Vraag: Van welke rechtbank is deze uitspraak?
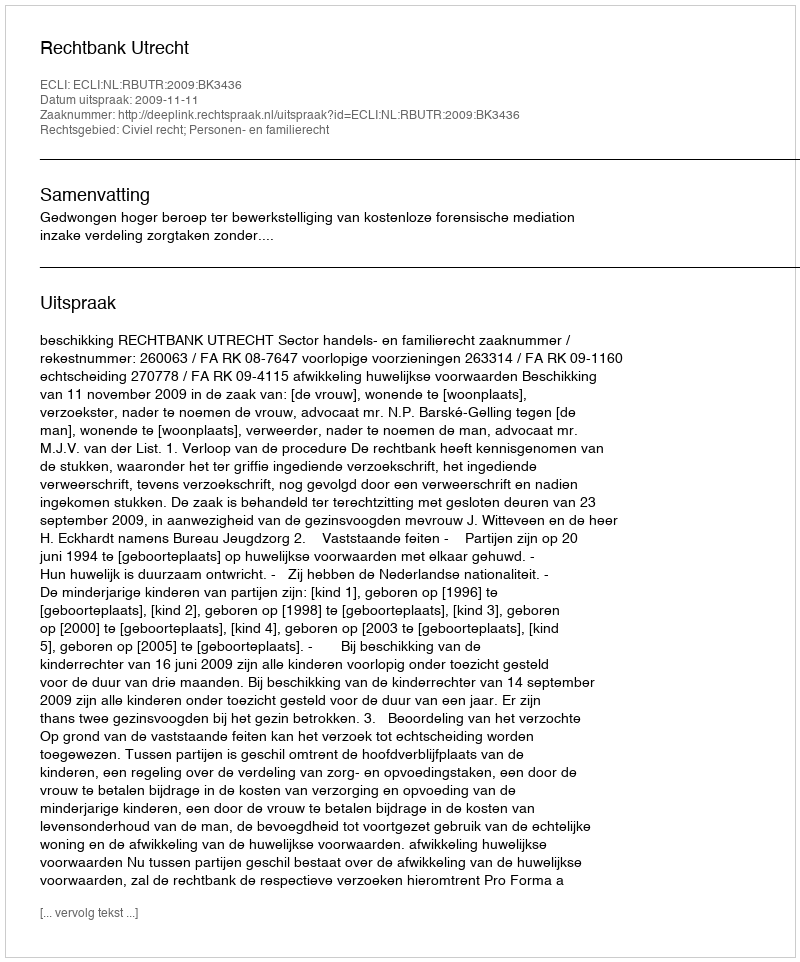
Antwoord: Rechtbank Utrecht